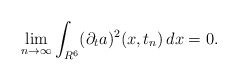
\begin{align*}\lim_{n\to\infty}\int_{R^6}(\partial_ta)^2(x,t_n)\,dx=0.\end{align*}